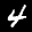
Label: 4